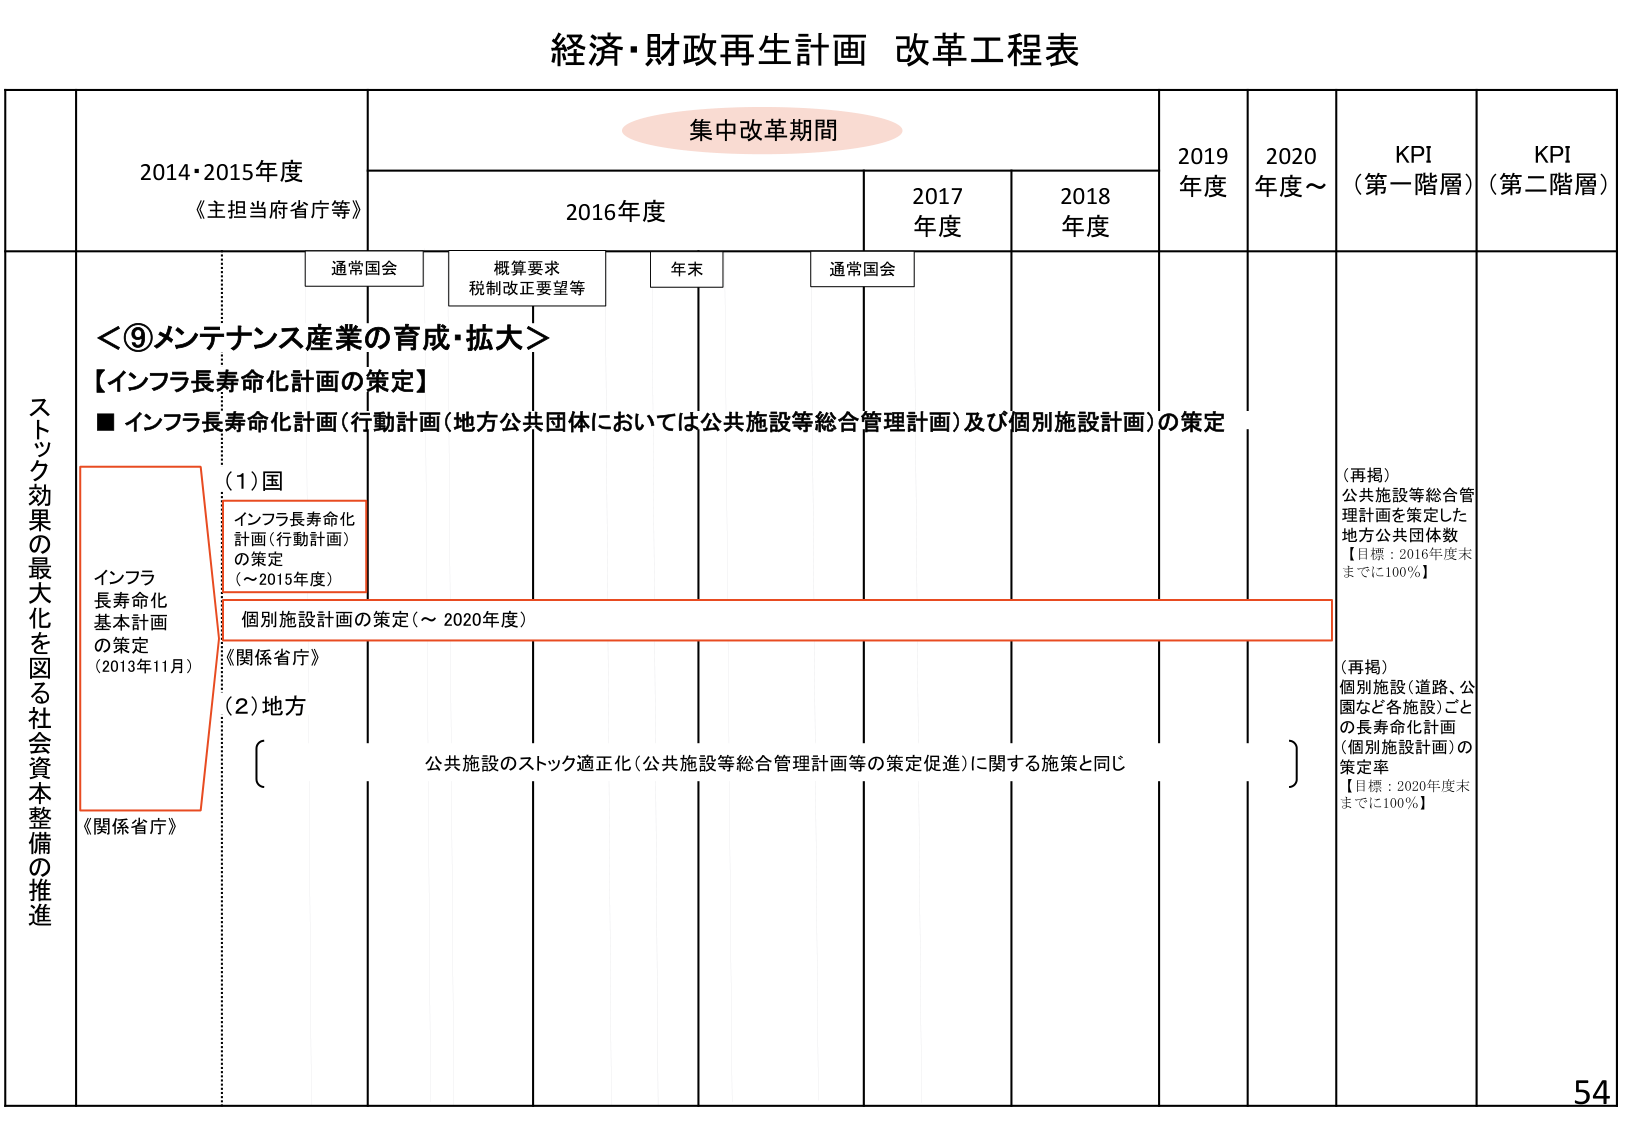
経済・財政再生計画 改革工程表

集中改革期間

2014・2015年度
《主担当府省庁等》

2016年度

2017年度

2018年度

2019年度

2020年度～

KPI（第一階層）

KPI（第二階層）

通常国会

概算要求
税制改正要望等

年末

通常国会

＜⑨メンテナンス産業の育成・拡大＞
【インフラ長寿命化計画の策定】
■ インフラ長寿命化計画（行動計画（地方公共団体においては公共施設等総合管理計画）及び個別施設計画）の策定

（1）国
インフラ長寿命化
計画（行動計画）
の策定
（～2015年度）

個別施設計画の策定（～2020年度）

（2）地方
公共施設のストック適正化（公共施設等総合管理計画等の策定促進）に関する施策と同じ

インフラ
長寿命化
基本計画
の策定
（2013年11月）

《関係省庁》

《関係省庁》

（再掲）
公共施設等総合管理計画を策定した
地方公共団体数
【目標：2016年度末までに100％】

（再掲）
個別施設（道路、公園など各施設）ごとの長寿命化計画（個別施設計画）の策定率
【目標：2020年度末までに100％】

ストック効果の最大化を図る社会資本整備の推進

54